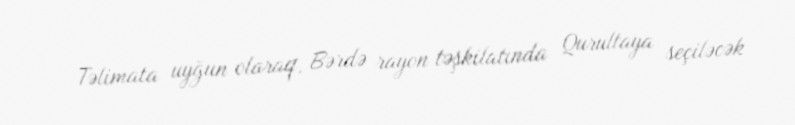
Təlimata uyğun olaraq, Bərdə rayon təşkilatında Qurultaya seçiləcək